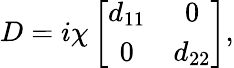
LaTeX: D=i\chi\left[\begin{array}{cc}{d_{11}}&{0}\\ {0}&{d_{22}}\end{array}\right],